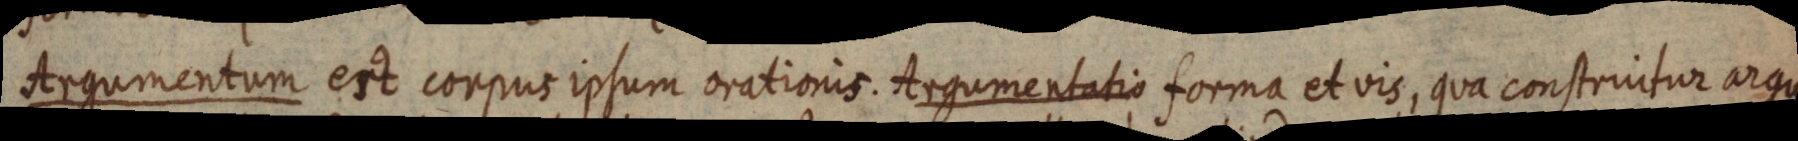
Argumentum est corpus ipsum orationis. Argumentatio forma et vis, qua construitur agu